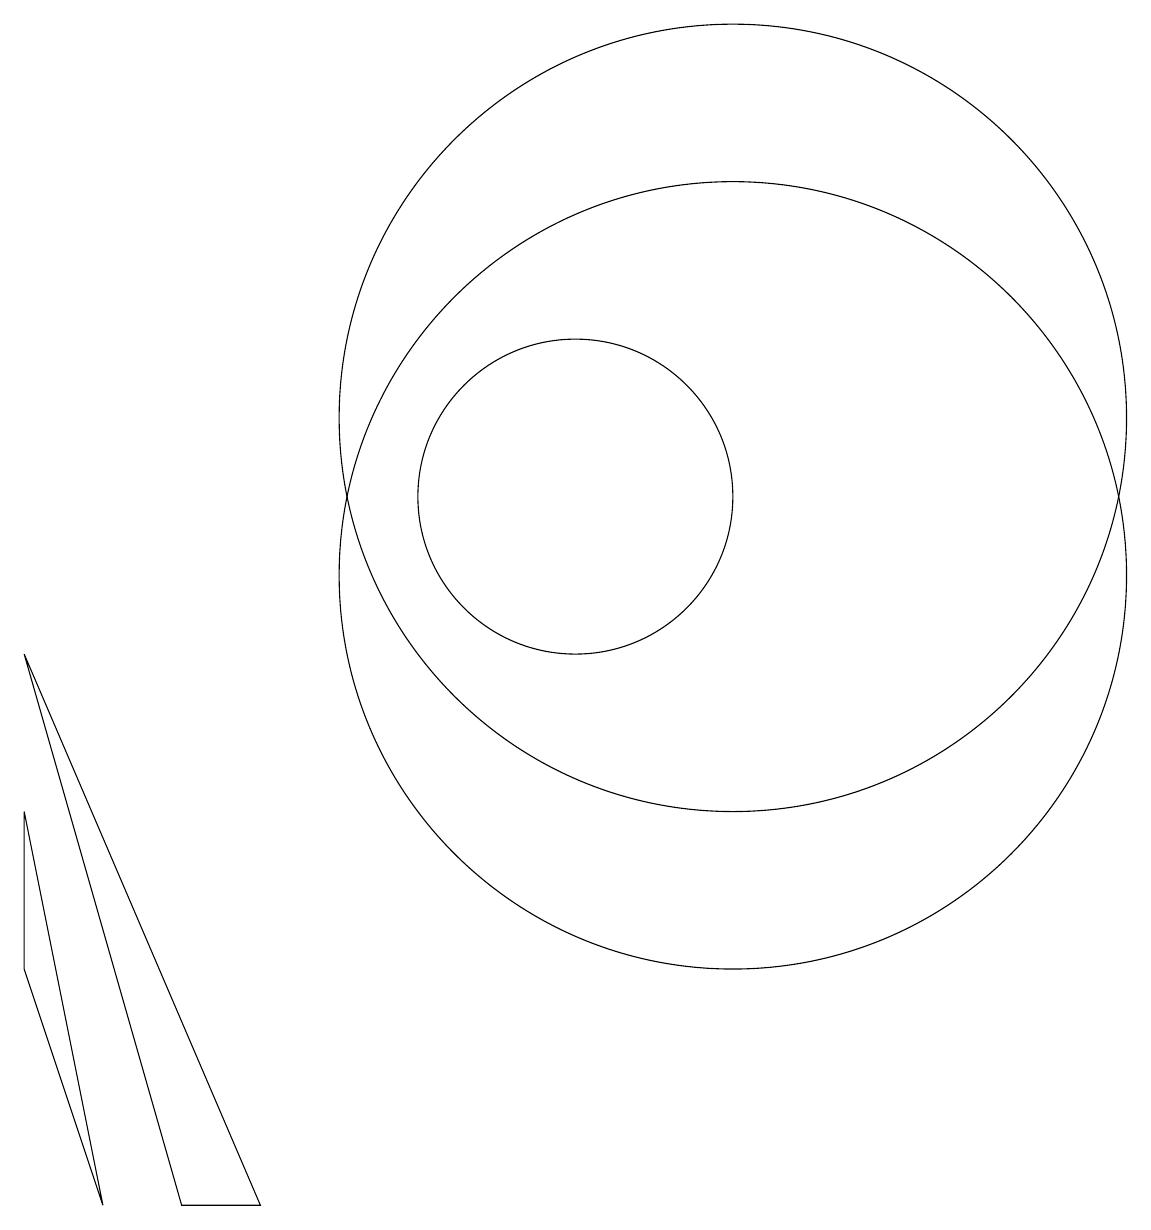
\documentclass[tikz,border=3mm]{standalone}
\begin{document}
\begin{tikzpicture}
\draw (12,12) circle (5);
\draw (11,11) circle (0);
\draw (12,10) circle (5);
\draw (4,2) -- (3,5) -- (3,7) -- cycle;
\draw (10,11) circle (2);
\draw (3,9) -- (6,2) -- (5,2) -- cycle;
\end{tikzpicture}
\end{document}